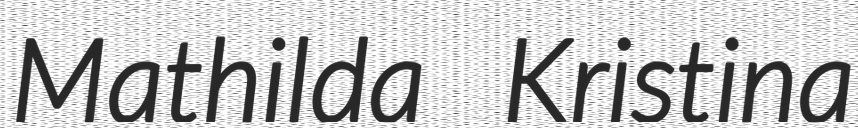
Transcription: Mathilda Kristina